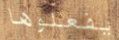
يفعلوها